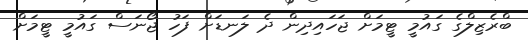
ބްރެޒިލްގެ ގައުމީ ޓީމަށް ޖަހައިދިން ދެ ލަނޑަށް ފަހު ޖޯނަސް ގައުމީ ޓީމަށް